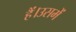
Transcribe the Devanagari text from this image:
हैं।उसमें